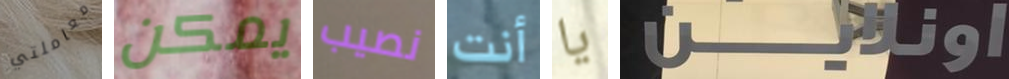
معاملتي يمكن نصيب أنت يا اونلاين